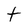
Character: t